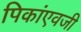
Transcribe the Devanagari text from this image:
पिकांएवजी